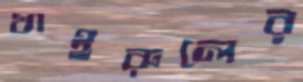
খাইরুলের